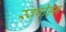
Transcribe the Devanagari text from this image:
स्वपीड़न